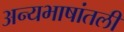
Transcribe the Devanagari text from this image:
अन्यभाषांतली